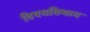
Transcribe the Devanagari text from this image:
विषयविभाग